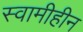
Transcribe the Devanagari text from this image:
स्वामीहीन